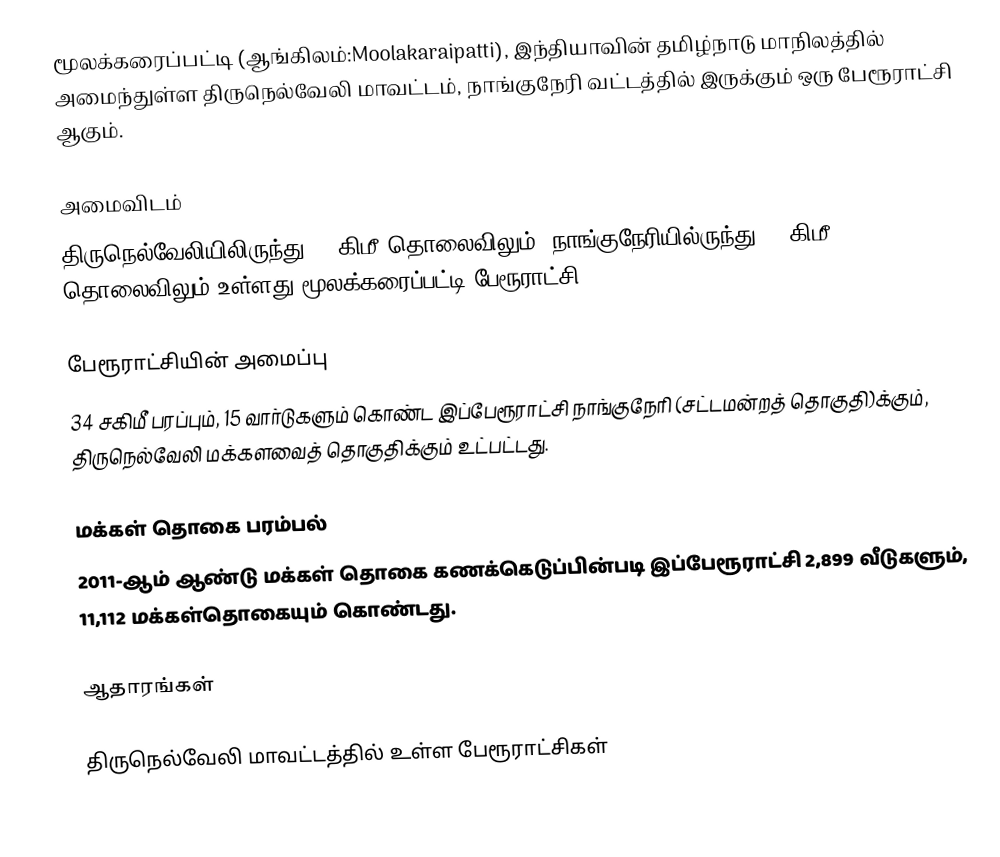
மூலக்கரைப்பட்டி (ஆங்கிலம்:Moolakaraipatti), இந்தியாவின் தமிழ்நாடு மாநிலத்தில் அமைந்துள்ள திருநெல்வேலி மாவட்டம், நாங்குநேரி வட்டத்தில் இருக்கும் ஒரு பேரூராட்சி ஆகும்.

அமைவிடம்
திருநெல்வேலியிலிருந்து 28 கிமீ தொலைவிலும், நாங்குநேரியில்ருந்து 14 கிமீ தொலைவிலும்  உள்ளது மூலக்கரைப்பட்டி பேரூராட்சி.

பேரூராட்சியின் அமைப்பு
34  சகிமீ பரப்பும், 15 வார்டுகளும் கொண்ட இப்பேரூராட்சி  நாங்குநேரி (சட்டமன்றத் தொகுதி)க்கும், திருநெல்வேலி மக்களவைத் தொகுதிக்கும் உட்பட்டது.

மக்கள் தொகை பரம்பல்
2011-ஆம் ஆண்டு மக்கள் தொகை கணக்கெடுப்பின்படி  இப்பேரூராட்சி                2,899  வீடுகளும், 11,112  மக்கள்தொகையும் கொண்டது.

ஆதாரங்கள்

திருநெல்வேலி மாவட்டத்தில் உள்ள பேரூராட்சிகள்